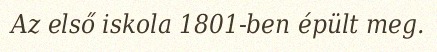
Az első iskola 1801-ben épült meg.